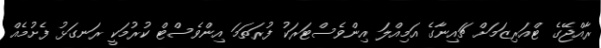
ރާއްޖޭގެ ޓްއަރިޒަމަށް ޗައިނާގެ އަމިއްލަ އިންވެސްޓަރަކު ފުރަތަމަ އިންވެސްޓް ކުރުމަކީ ރަނގަޅު ފެށުމެއް